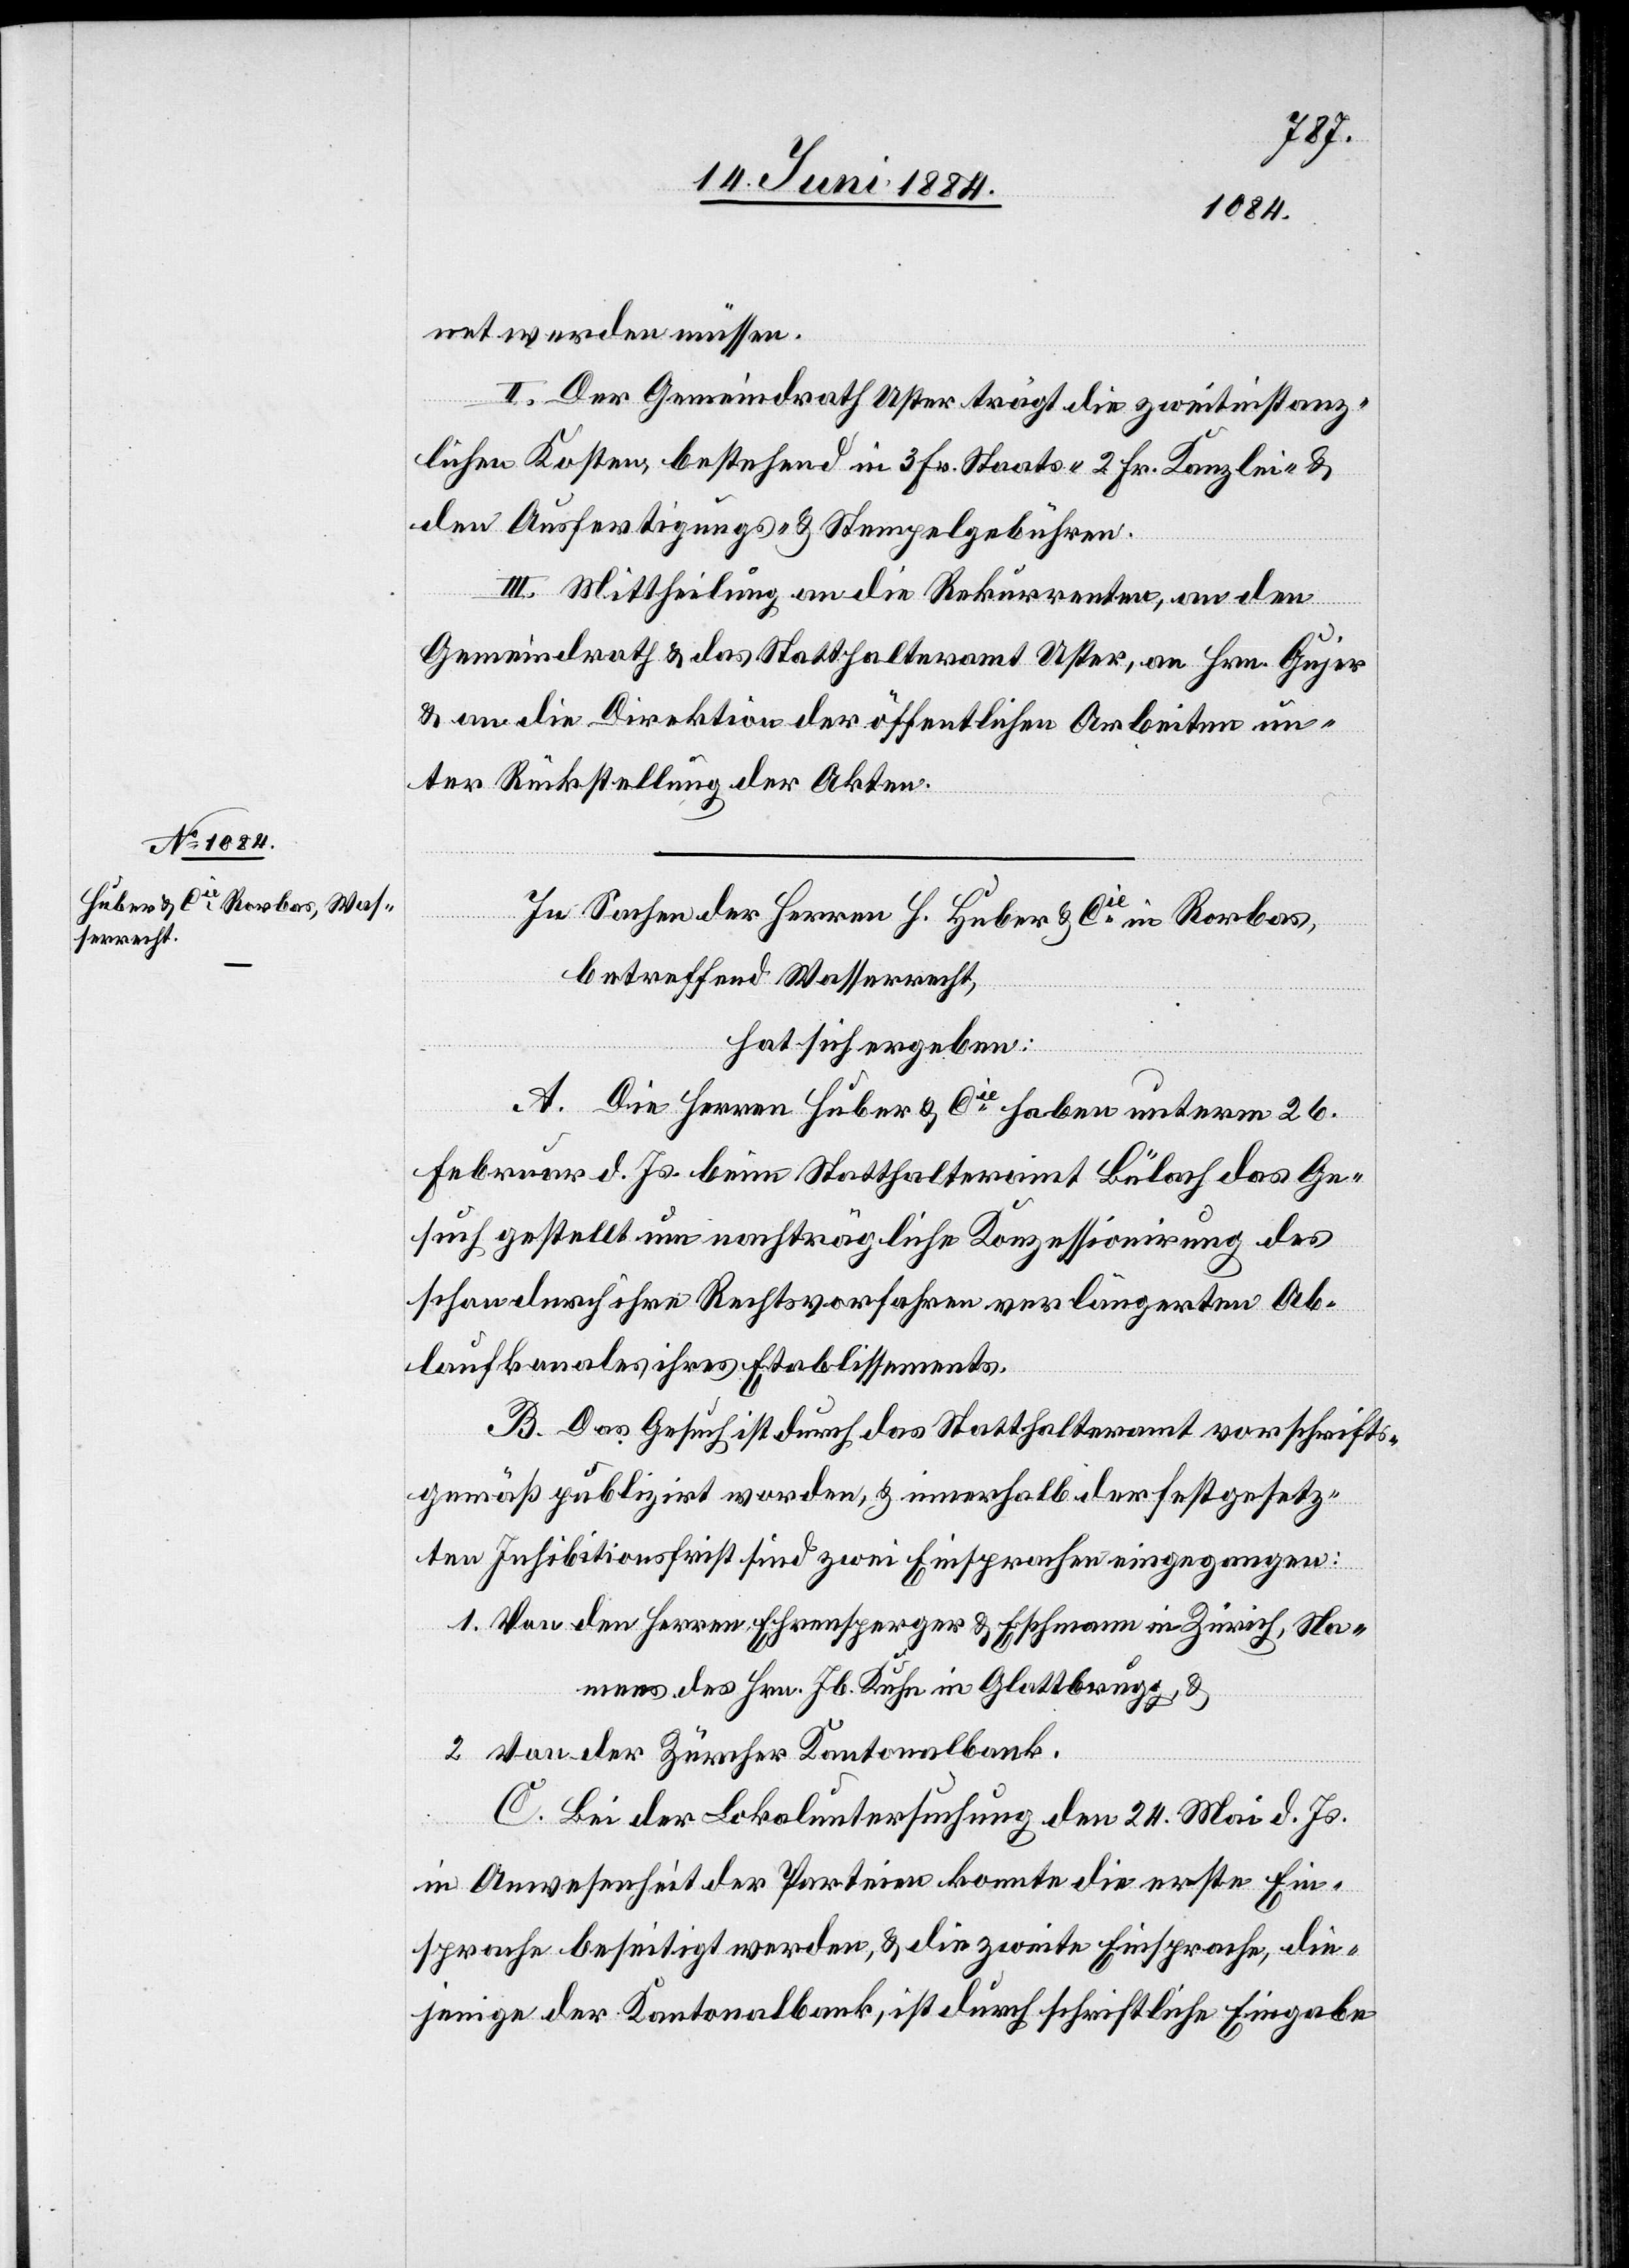
net werden müssen.
II. Der Gemeindrath Uster trägt die zweitinstanz¬
lichen Kosten, bestehend in 3 Fr. Staats-[,] 2 Fr. Kanzlei- &
den Ausfertigungs- & Stempelgebühren.
III. Mittheilung an die Rekurrenten, an den
Gemeindrath & an das Statthalteramt Uster, an Hrn. Gujer
& an die Direktion der öffentlichen Arbeiten un¬
ter Rückstellung der Akten.
In Sachen der Herren H. Huber & Cie in Rorbas,
betreffend Wasserrecht,
hat sich ergeben:
A. Die Herren Huber & Cie haben unterm 26.
Februar d. Js. beim Statthalteramt Bülach das Ge¬
such gestellt um nachträgliche Konzessionirung des
schon durch ihre Rechtsvorfahren verlängerten Ab¬
laufkanales ihres Etablissements.
B. Das Gesuch ist durch das Statthalteramt vorschrifts¬
gemäß publizirt worden, & innerhalb der festgesetz¬
ten Inhibitionsfrist sind zwei Einsprachen eingegangen:
1. Von den Herren Ehrensperger & Eschmann in Zürich, Na¬
mens des Hrn. Jb. Kuhn in Glattbrugg, &
2. Von der Zürcher Kantonalbank.
C. Bei der Lokaluntersuchung den 24. Mai d. Js.
in Anwesenheit der Parteien konnte die erste Ein¬
sprache beseitigt werden, & die zweite Einsprache, die¬
jenige von der Kantonalbank, ist durch schriftliche Eingabe